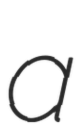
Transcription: a